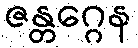
ဇန္တဂ္ဂေန